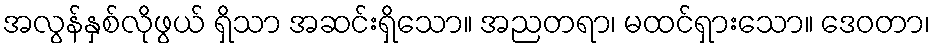
အလွန်နှစ်လိုဖွယ် ရှိသာ အဆင်းရှိသော။ အညတရာ၊ မထင်ရှားသော။ ဒေဝတာ၊